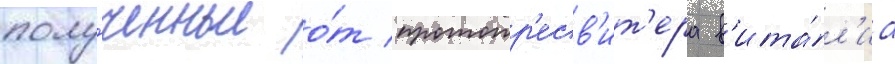
полу́ченные о́т протопр'есв'ит'ера в'ита́л'иа